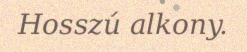
Hosszú alkony.